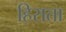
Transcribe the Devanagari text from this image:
हिराता